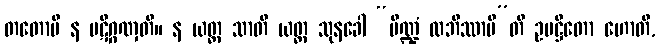
တတောပိ န ပဋိဂ္ဂဏှတိ။ န ယတ္ထ သာတိ ယတ္ထ သုနခေါ “ပိဏ္ဍံ လဘိဿာမီ”တိ ဥပဋ္ဌိတော ဟောတိ,